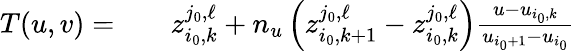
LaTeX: \begin{array}{rlr}{T(u,v)=}&{{}}&{z_{i_{0},k}^{j_{0},\ell}+n_{u}\left(z_{i_{0},k+1}^{j_{0},\ell}-z_{i_{0},k}^{j_{0},\ell}\right)\frac{u-u_{i_{0},k}}{u_{i_{0}+1}-u_{i_{0}}}}\end{array}